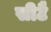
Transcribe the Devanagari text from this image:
सीटै